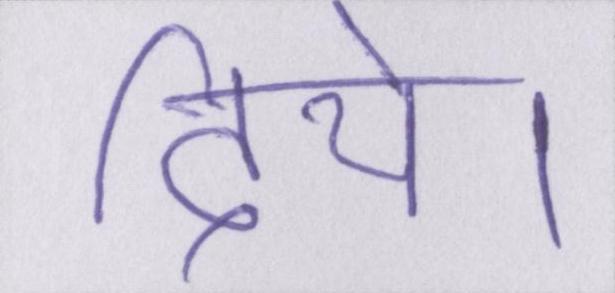
दिये।